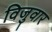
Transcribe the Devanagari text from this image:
विजुवार